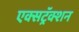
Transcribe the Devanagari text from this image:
एक्सट्रॅक्शन